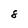
Character: 8